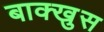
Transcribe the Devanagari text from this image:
बाक्खुस